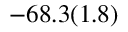
- 6 8 . 3 ( 1 . 8 )